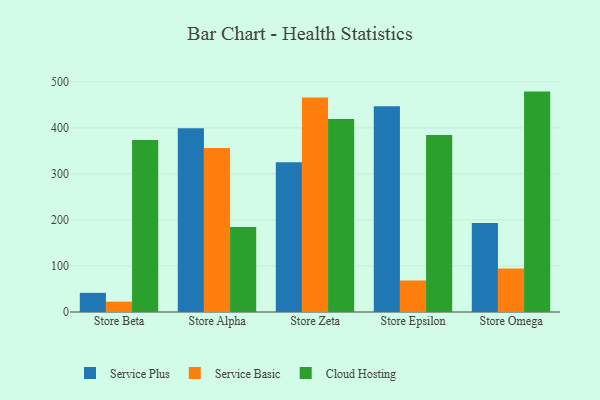
{"axis": {"x": "Store", "y": "Backlog"}, "legend": ["Cloud Hosting", "Service Basic", "Service Plus"], "data": [{"x": "Store Beta", "y": 41.6, "type": "Service Plus"}, {"x": "Store Beta", "y": 22.5, "type": "Service Basic"}, {"x": "Store Beta", "y": 373.8, "type": "Cloud Hosting"}, {"x": "Store Alpha", "y": 399.6, "type": "Service Plus"}, {"x": "Store Alpha", "y": 356.3, "type": "Service Basic"}, {"x": "Store Alpha", "y": 185.0, "type": "Cloud Hosting"}, {"x": "Store Zeta", "y": 325.2, "type": "Service Plus"}, {"x": "Store Zeta", "y": 466.4, "type": "Service Basic"}, {"x": "Store Zeta", "y": 419.6, "type": "Cloud Hosting"}, {"x": "Store Epsilon", "y": 447.0, "type": "Service Plus"}, {"x": "Store Epsilon", "y": 68.5, "type": "Service Basic"}, {"x": "Store Epsilon", "y": 384.5, "type": "Cloud Hosting"}, {"x": "Store Omega", "y": 193.5, "type": "Service Plus"}, {"x": "Store Omega", "y": 94.4, "type": "Service Basic"}, {"x": "Store Omega", "y": 479.0, "type": "Cloud Hosting"}]}